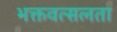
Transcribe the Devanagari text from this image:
भक्तवत्सलता